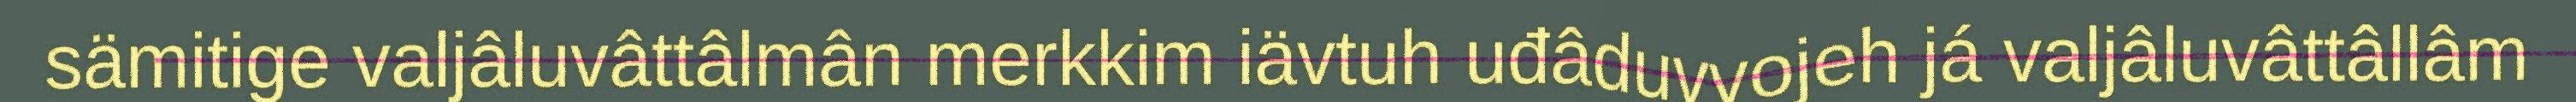
sämitige valjâluvâttâlmân merkkim iävtuh uđâduvvojeh já valjâluvâttâllâm